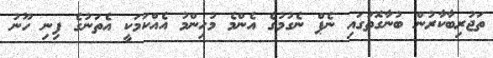
ތަޖުރިބާކާރުން ބުނާގޮތުގައި ނެޕް ނެގުމުގެ އެންމެ މުހިންމު އެއްކަމަކީ އެތަނުގެ ފިނި ހޫނު